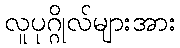
လူပုဂ္ဂိုလ်များအား